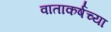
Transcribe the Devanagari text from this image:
वाताकर्षच्या